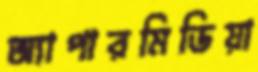
অ্যাপারমিডিয়া